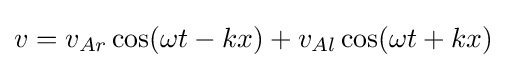
v=v_{Ar}\cos(\omega t-kx)+v_{Al}\cos(\omega t+kx)